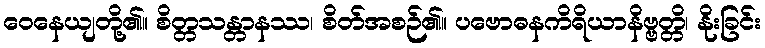
ဝေနေယျတို့၏။ စိတ္တသန္တာနဿ၊ စိတ်အစဉ်၏။ ပဗောဓနကိရိယာနိဗ္ဗတ္တိ၊ နိုးခြင်း